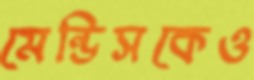
মেন্ডিসকেও